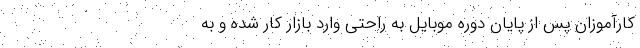
کارآموزان پس از پایان دوره موبایل به راحتی وارد بازار کار شده و به